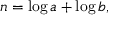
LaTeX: n = \log a + \log b ,